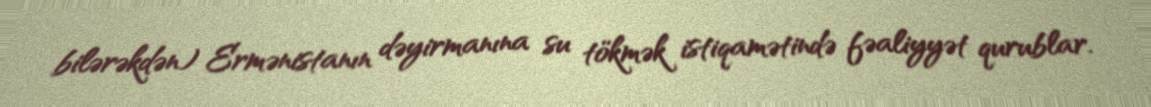
bilərəkdən) Ermənistanın dəyirmanına su tökmək istiqamətində fəaliyyət qurublar.